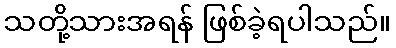
သတို့သားအရန် ဖြစ်ခဲ့ရပါသည်။